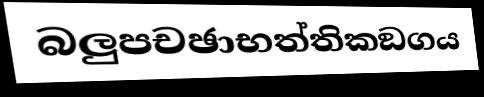
බලුපචඡාභත්තිකඞගය